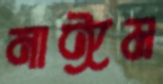
নাঈম